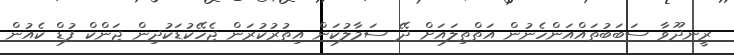
ރީނދޫވާ ސަބަބުތައްއަންހެނުން އަތްތިލައަށް ދޭ ސަމާލުކަން އިތުރުކުރަން ޖެހޭކުޑަކުދިން ޖަންކް ފުޑް ކެއުން